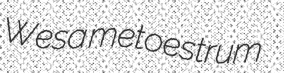
Wesa metoestrum